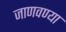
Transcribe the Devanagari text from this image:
जाणवण्या